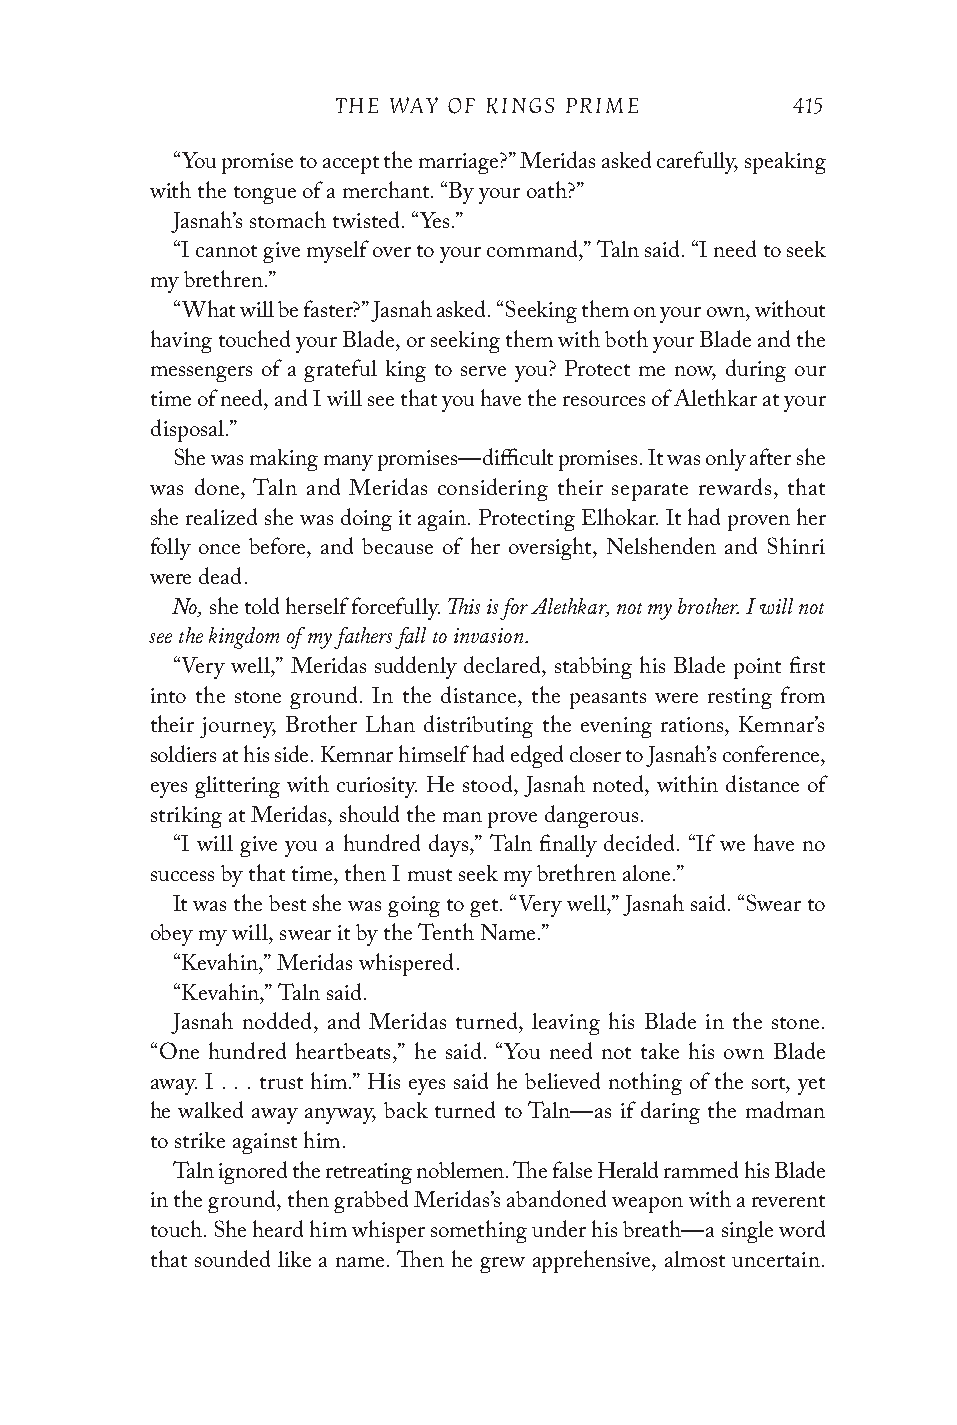
THE WAY OF KINGS PRIME        415
 “You promise to accept the marriage?” Meridas asked carefully, speaking
 with the tongue of a merchant. “By your oath?”
 Jasnah’s stomach twisted. “Yes.”
 “I cannot give myself over to your command,” Taln said. “I need to seek
 my brethren.”
 “What will be faster?” Jasnah asked. “Seeking them on your own, without
 having touched your Blade, or seeking them with both your Blade and the
 messengers of a grateful king to serve you? Protect me now, during our
 time of need, and I will see that you have the resources of Alethkar at your
 disposal.”
 She was making many promises—difficult promises. It was only after she
 was done, Taln and Meridas considering their separate rewards, that
 she realized she was doing it again. Protecting Elhokar. It had proven her
 folly once before, and because of her oversight, Nelshenden and Shinri
 were dead.
 No,                This is for Alethkar, not my brother. I will not
 she told herself forcefully.
 see the kingdom of my fathers fall to invasion.
 “Very well,” Meridas suddenly declared, stabbing his Blade point first
 into the stone ground. In the distance, the peasants were resting from
 their journey, Brother Lhan distributing the evening rations, Kemnar’s
 soldiers at his side. Kemnar himself had edged closer to Jasnah’s conference,
 eyes glittering with curiosity. He stood, Jasnah noted, within distance of
 striking at Meridas, should the man prove dangerous.
 “I will give you a hundred days,” Taln finally decided. “If we have no
 success by that time, then I must seek my brethren alone.”
 It was the best she was going to get. “Very well,” Jasnah said. “Swear to
 obey my will, swear it by the Tenth Name.”
 “Kevahin,” Meridas whispered.
 “Kevahin,” Taln said.
 Jasnah nodded, and Meridas turned, leaving his Blade in the stone.
 “One hundred heartbeats,” he said. “You need not take his own Blade
 away. I . . . trust him.” His eyes said he believed nothing of the sort, yet
 he walked away anyway, back turned to Taln—as if daring the madman
 to strike against him.
 Taln ignored the retreating noblemen. The false Herald rammed his Blade
 in the ground, then grabbed Meridas’s abandoned weapon with a reverent
 touch. She heard him whisper something under his breath—a single word
 that sounded like a name. Then he grew apprehensive, almost uncertain.